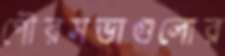
পৌরসভাগুলোর